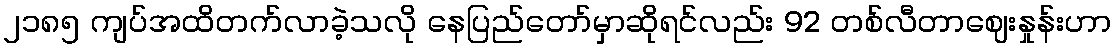
၂၁၈၅ ကျပ်အထိတက်လာခဲ့သလို နေပြည်တော်မှာဆိုရင်လည်း 92 တစ်လီတာဈေးနှုန်းဟာ